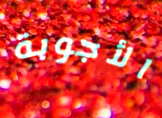
الأجوبة